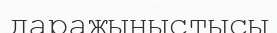
даражыныстысы